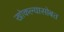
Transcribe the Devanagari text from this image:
खोकल्यासोबत